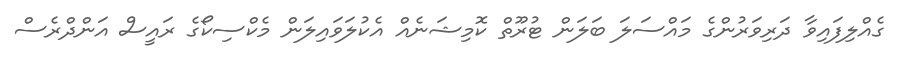
ގެއްލިފައިވާ ދަރިވަރުންގެ މައްސަލަ ބަލަން ޓުރޫތް ކޮމިޝަނެއް އެކުލަވައިލަން މެކްސިކޯގެ ރައީސް އަންދްރެސް